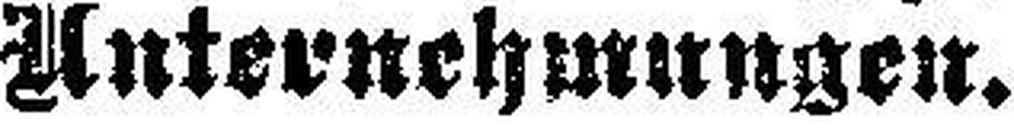
Unternehmungen.